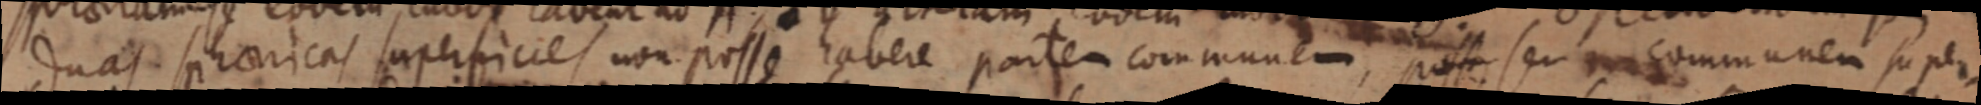
duas sphaericas superficies non posse habere partem communem, posse seu communem super